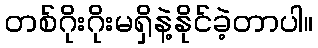
တစ်ဂိုးဂိုးမရှိနဲ့နိုင်ခဲ့တာပါ။